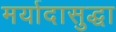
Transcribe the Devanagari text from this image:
मर्यादासुद्धा